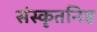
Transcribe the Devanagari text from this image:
संस्कृतनिष्ट